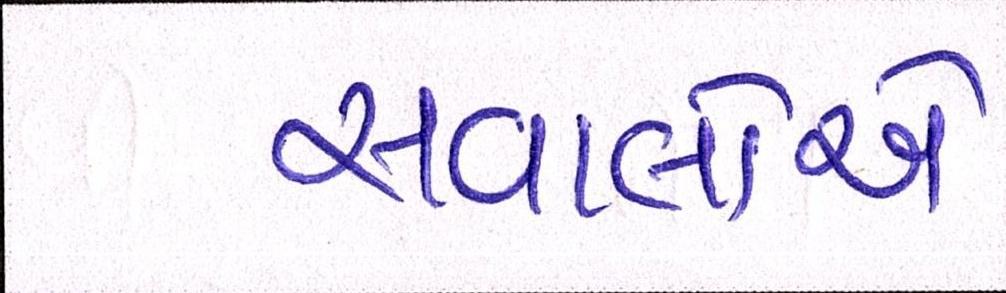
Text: સવાલોએ